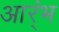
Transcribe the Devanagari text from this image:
आर्ंभ